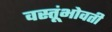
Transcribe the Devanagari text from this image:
वस्तूंभोवती